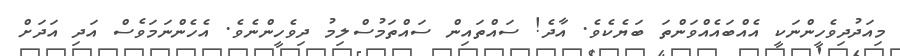
މިއަދުދިވެހީންނަކީ އެއްބައެއްވަންތަ ބަޔެކެވެ. އާދެ! ސައްތައިން ސައްތަމުސްލިމު ދިވެހީންނެވެ. އެހެންނަމަވެސް އަދި އަދަށް